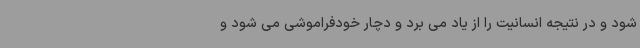
شود و در نتیجه انسانیت را از یاد می برد و دچار خودفراموشی می شود و